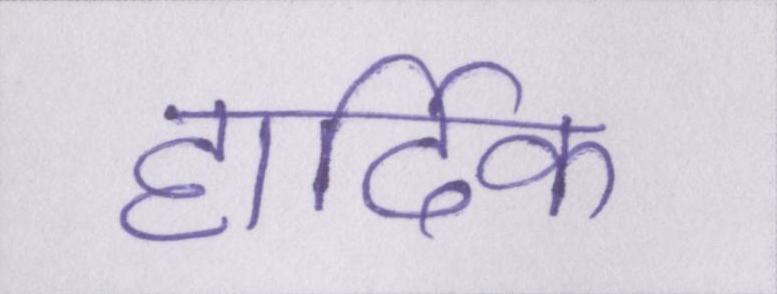
हार्दिक